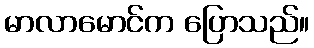
မာလာမောင်က ပြောသည်။